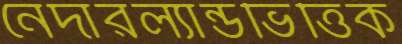
নেদারল্যান্ডভিত্তিক